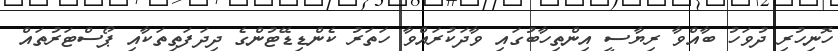
ހޮނިހުރި ދުވަހު ބާއްވާ ރިޔާސީ އިންތިހާބުގައި ވާދަކުރައްވާ ހަތަރު ކެންޑިޑޭޓުންގެ ދިދަފަތިތަކާއި ޕޯސްޓަރުތައް